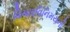
વિચારવિનિમયનો